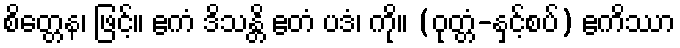
စိတ္တေန၊ ဖြင့်။ ဧကံ ဒိသန္တိ ဧတံ ပဒံ၊ ကို။ (ဝုတ္တံ-နှင့်စပ်) ဧကိဿာ